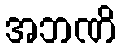
အဘဏိ